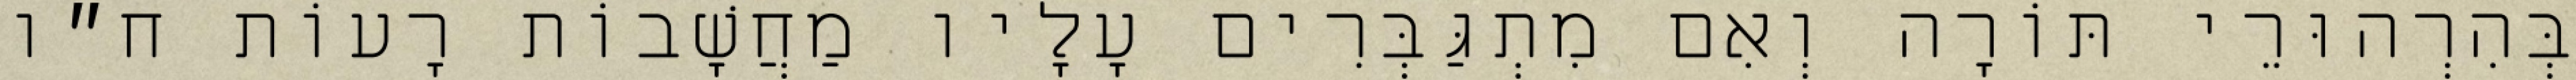
בְּהִרְהוּרֵי תּוֹרָה וְאִם מִתְגַּבְּרִים עָלָיו מַחֲשָׁבוֹת רָעוֹת ח״ו